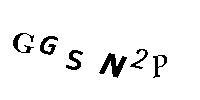
GGSN2P